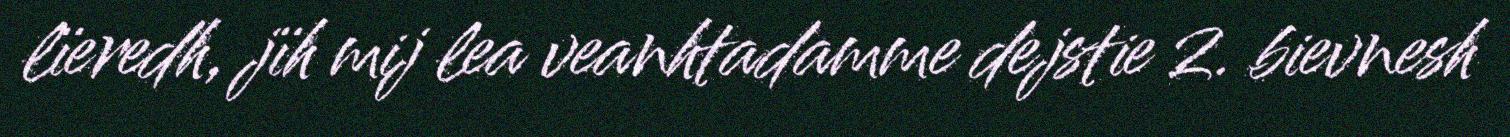
lïeredh, jïh mij lea veanhtadamme dejstie 2. bievnesh